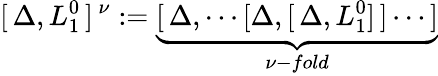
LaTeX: [\, \Delta,L_{1}^{0}\, ]^{\, \nu}:=\underbrace{[\, \Delta,\cdots[\Delta,[\, \Delta,L_{1}^{0}]\, ]\cdots\, ]}_{\nu-fold}